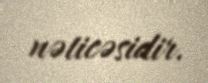
nəticəsidir.